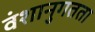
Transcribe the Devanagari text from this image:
वंशानुगतता